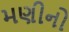
મણીનો